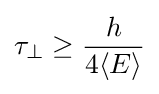
\tau _{\perp }\geq {\frac {h}{4\langle E\rangle }}